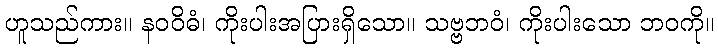
ဟူသည်ကား။ နဝဝိဓံ၊ ကိုးပါးအပြားရှိသော။ သဗ္ဗဘဝံ၊ ကိုးပါးသော ဘဝကို။